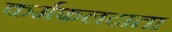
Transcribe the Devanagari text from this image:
कर्मफलदाता